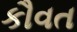
કૌવત